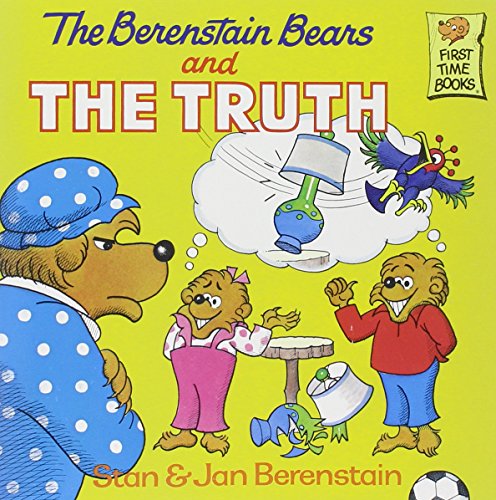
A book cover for The Berenstain Bears and the Truth; Stan Berenstain; Children's Books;